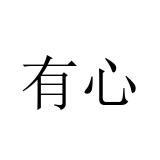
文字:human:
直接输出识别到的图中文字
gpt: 有心